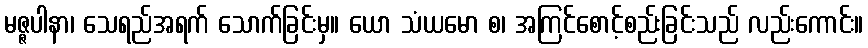
မဇ္ဇပါနာ၊ သေရည်အရက် သောက်ခြင်းမှ။ ယော သံယမော စ၊ အကြင်စောင့်စည်းခြင်းသည် လည်းကောင်း။